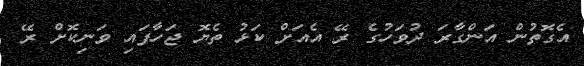
އެގޮތުން އަންގާރަ ދުވަހުގެ ރޭ އެއަށް ކަޅު ތެޔޮ ޖަހާފައި ވަނިކޮށް ރޭ